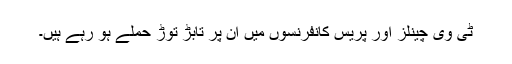
ٹی وی چینلز اور پریس کانفرنسوں میں ان پر تابڑ توڑ حملے ہو رہے ہیں۔